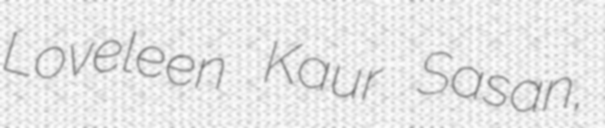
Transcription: Loveleen Kaur Sasan,